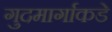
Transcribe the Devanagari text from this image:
गुदमार्गाकडे